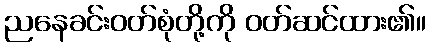
ညနေခင်းဝတ်စုံတို့ကို ဝတ်ဆင်ထား၏။